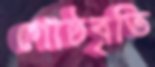
গোষ্ঠবৃতি